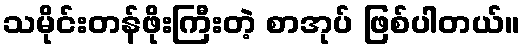
သမိုင်းတန်ဖိုးကြီးတဲ့ စာအုပ် ဖြစ်ပါတယ်။